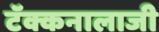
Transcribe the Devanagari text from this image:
टॅक्कनालाजी